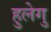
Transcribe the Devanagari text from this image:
हुलेगु